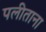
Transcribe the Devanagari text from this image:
पलीताना